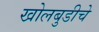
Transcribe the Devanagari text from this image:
खोलबुडीचे